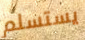
يستسلم